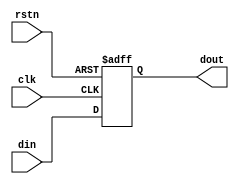
module sample_ff (clk, rstn, din, dout);
    input clk,rstn;
    input[3:0] din;
    output[3:0] dout;
    reg[3:0] data;

    assign dout = data;

    always @(posedge clk or negedge rstn) begin
        
        if(!rstn) begin
            data <= 4'b0;
        end
        else begin
            data <= din;
        end
        
    end
    
endmodule